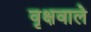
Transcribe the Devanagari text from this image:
वृक्षवाले